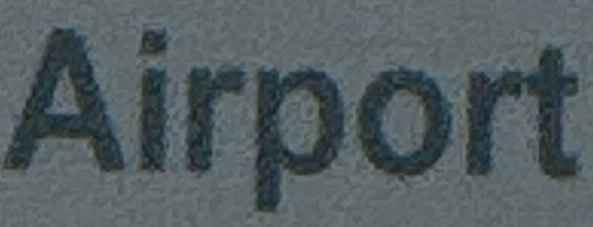
Airport